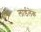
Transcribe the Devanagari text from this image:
लार्डलेक